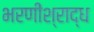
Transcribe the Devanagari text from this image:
भरणीश्राद्ध